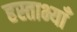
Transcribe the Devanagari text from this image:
हस्ताभ्याँ